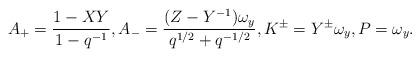
LaTeX: \begin{align*} A_{+}=\frac{1-XY}{1-q^{-1}},A_{-}=\frac{(Z-Y^{-1})\omega_y}{q^{1/2}+q^{-1/2}},K^{\pm}=Y^{\pm}\omega_y,P=\omega_y.\end{align*}